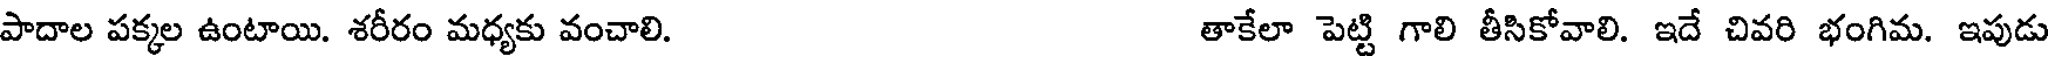
పాదాల పక్కల ఉంటాయి. శరీరం మధ్యకు వంచాలి. తాకేలా పెట్టి గాలి తీసికోవాలి. ఇదే చివరి భంగిమ. ఇపుడు